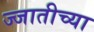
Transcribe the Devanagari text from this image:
ज्जातीच्या